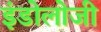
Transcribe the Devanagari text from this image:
इंडोलोजी